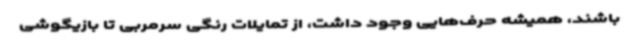
باشند، همیشه حرف‌هایی وجود داشت، از تمایلات رنگی سرمربی تا بازیگوشی